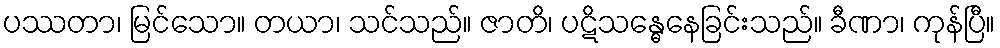
ပဿတာ၊ မြင်သော။ တယာ၊ သင်သည်။ ဇာတိ၊ ပဋိသန္ဓေနေခြင်းသည်။ ခီဏာ၊ ကုန်ပြီ။